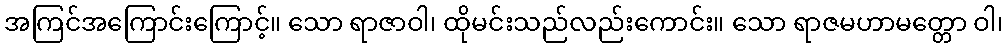
အကြင်အကြောင်းကြောင့်။ သော ရာဇာဝါ၊ ထိုမင်းသည်လည်းကောင်း။ သော ရာဇမဟာမတ္တော ဝါ၊